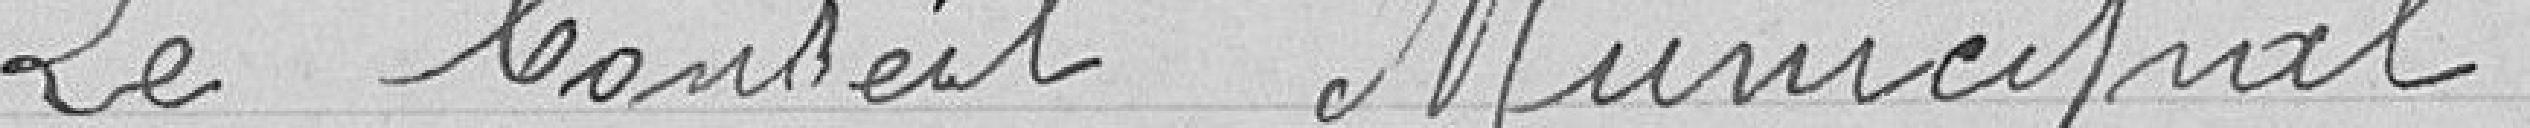
Le Conseil Municipal